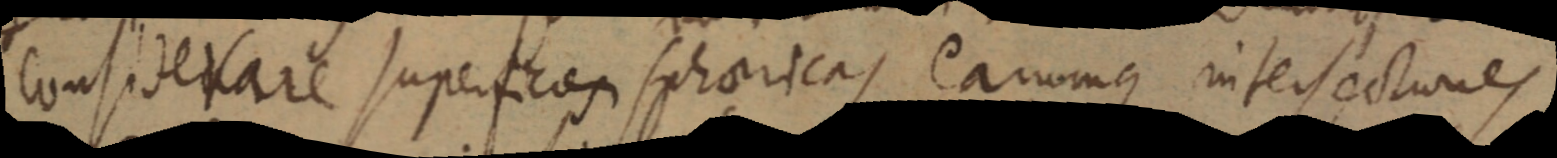
considerare superficies sphaericas earumque intersectiones